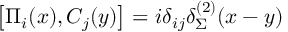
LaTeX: \left[ \Pi _ { i } ( x ) , C _ { j } ( y ) \right] = i \delta _ { i j } \delta _ { \Sigma } ^ { ( 2 ) } ( x - y )